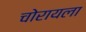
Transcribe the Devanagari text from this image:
चोरायला